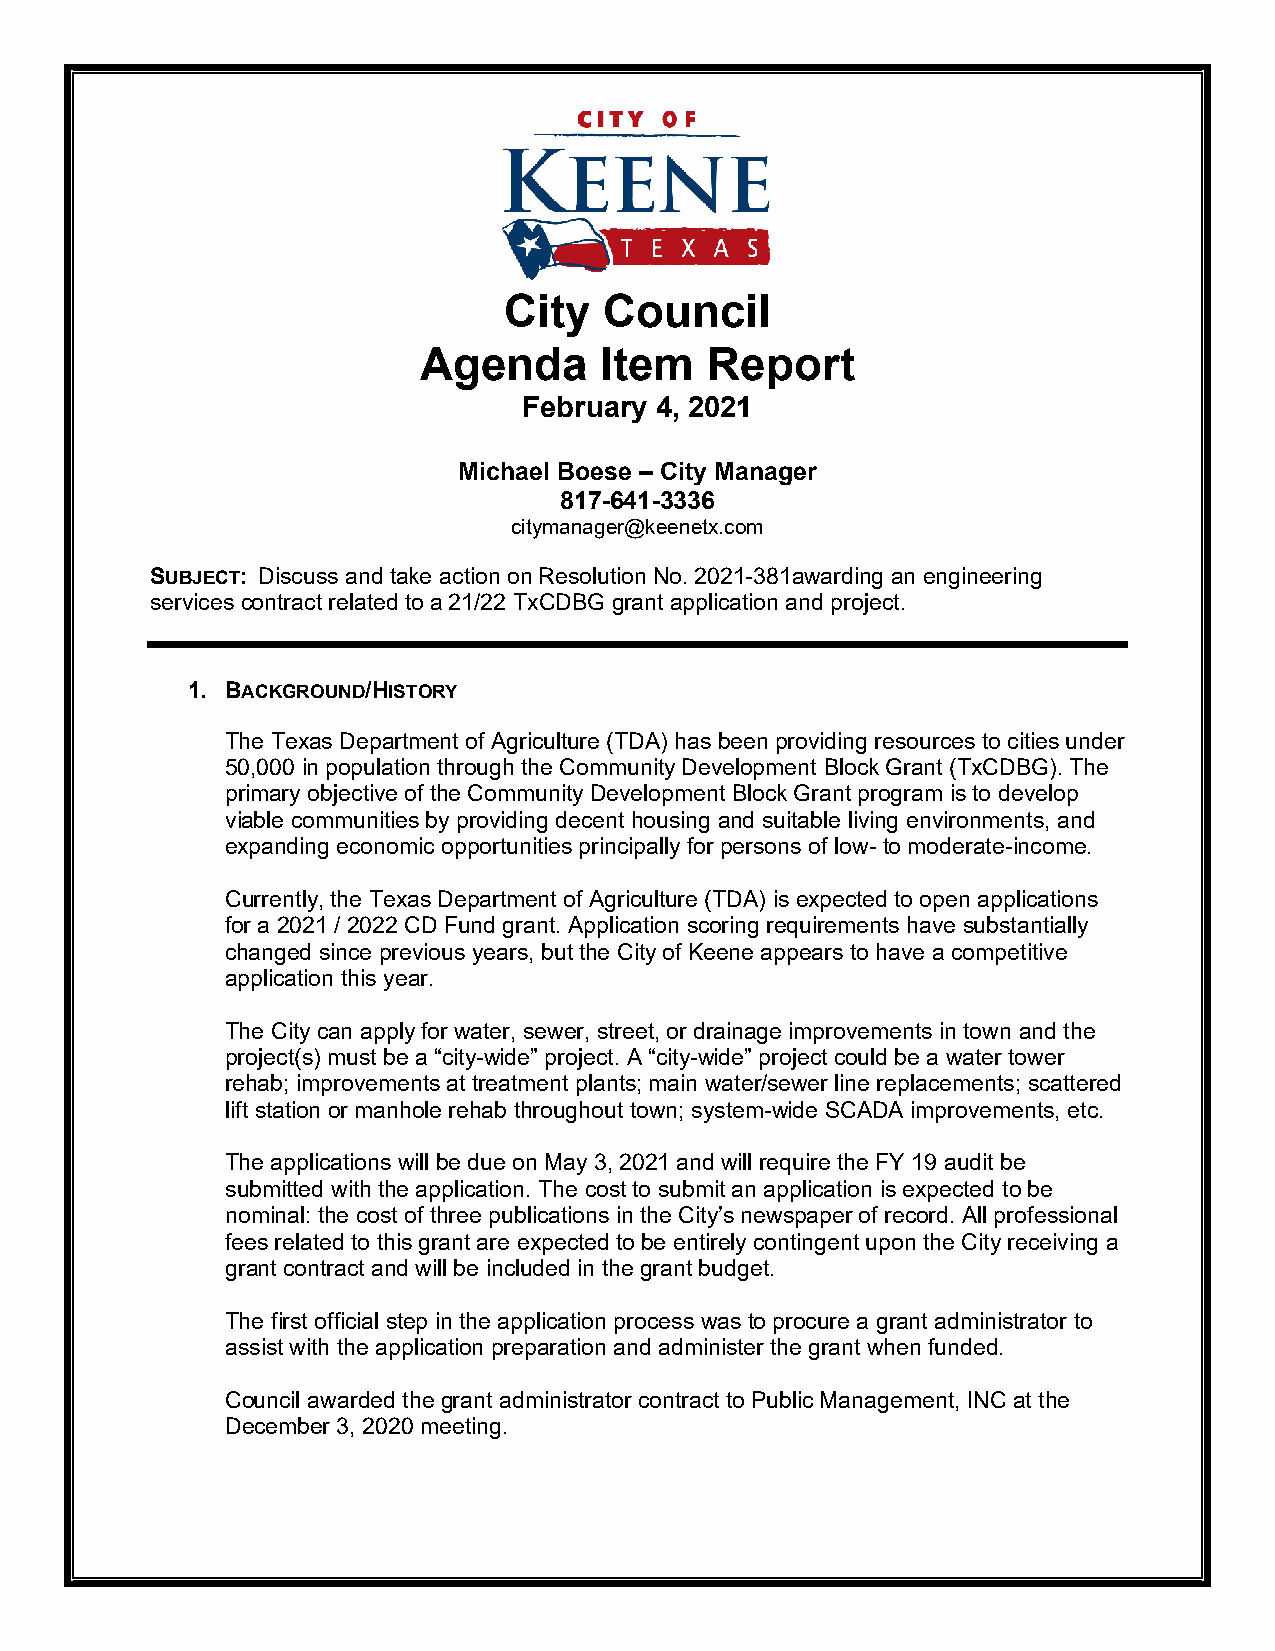
City   Council
 Agenda      Item   Report
 February 4, 2021
 Michael Boese – City Manager
 817-641-3336
 citymanager@keenetx.com
 SUBJECT: Discuss and take action on Resolution No. 2021-381awarding an engineering
 services contract related to a 21/22 TxCDBG grant application and project.
 1. BACKGROUND/HISTORY
 The Texas Department of Agriculture (TDA) has been providing resources to cities under
 50,000 in population through the Community Development Block Grant (TxCDBG). The
 primary objective of the Community Development Block Grant program is to develop
 viable communities by providing decent housing and suitable living environments, and
 expanding economic opportunities principally for persons of low- to moderate-income.
 Currently, the Texas Department of Agriculture (TDA) is expected to open applications
 for a 2021 / 2022 CD Fund grant. Application scoring requirements have substantially
 changed since previous years, but the City of Keene appears to have a competitive
 application this year.
 The City can apply for water, sewer, street, or drainage improvements in town and the
 project(s) must be a “city-wide” project. A “city-wide” project could be a water tower
 rehab; improvements at treatment plants; main water/sewer line replacements; scattered
 lift station or manhole rehab throughout town; system-wide SCADA improvements, etc.
 The applications will be due on May 3, 2021 and will require the FY 19 audit be
 submitted with the application. The cost to submit an application is expected to be
 nominal: the cost of three publications in the City’s newspaper of record. All professional
 fees related to this grant are expected to be entirely contingent upon the City receiving a
 grant contract and will be included in the grant budget.
 The first official step in the application process was to procure a grant administrator to
 assist with the application preparation and administer the grant when funded.
 Council awarded the grant administrator contract to Public Management, INC at the
 December 3, 2020 meeting.